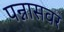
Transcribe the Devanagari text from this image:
पन्नासवर